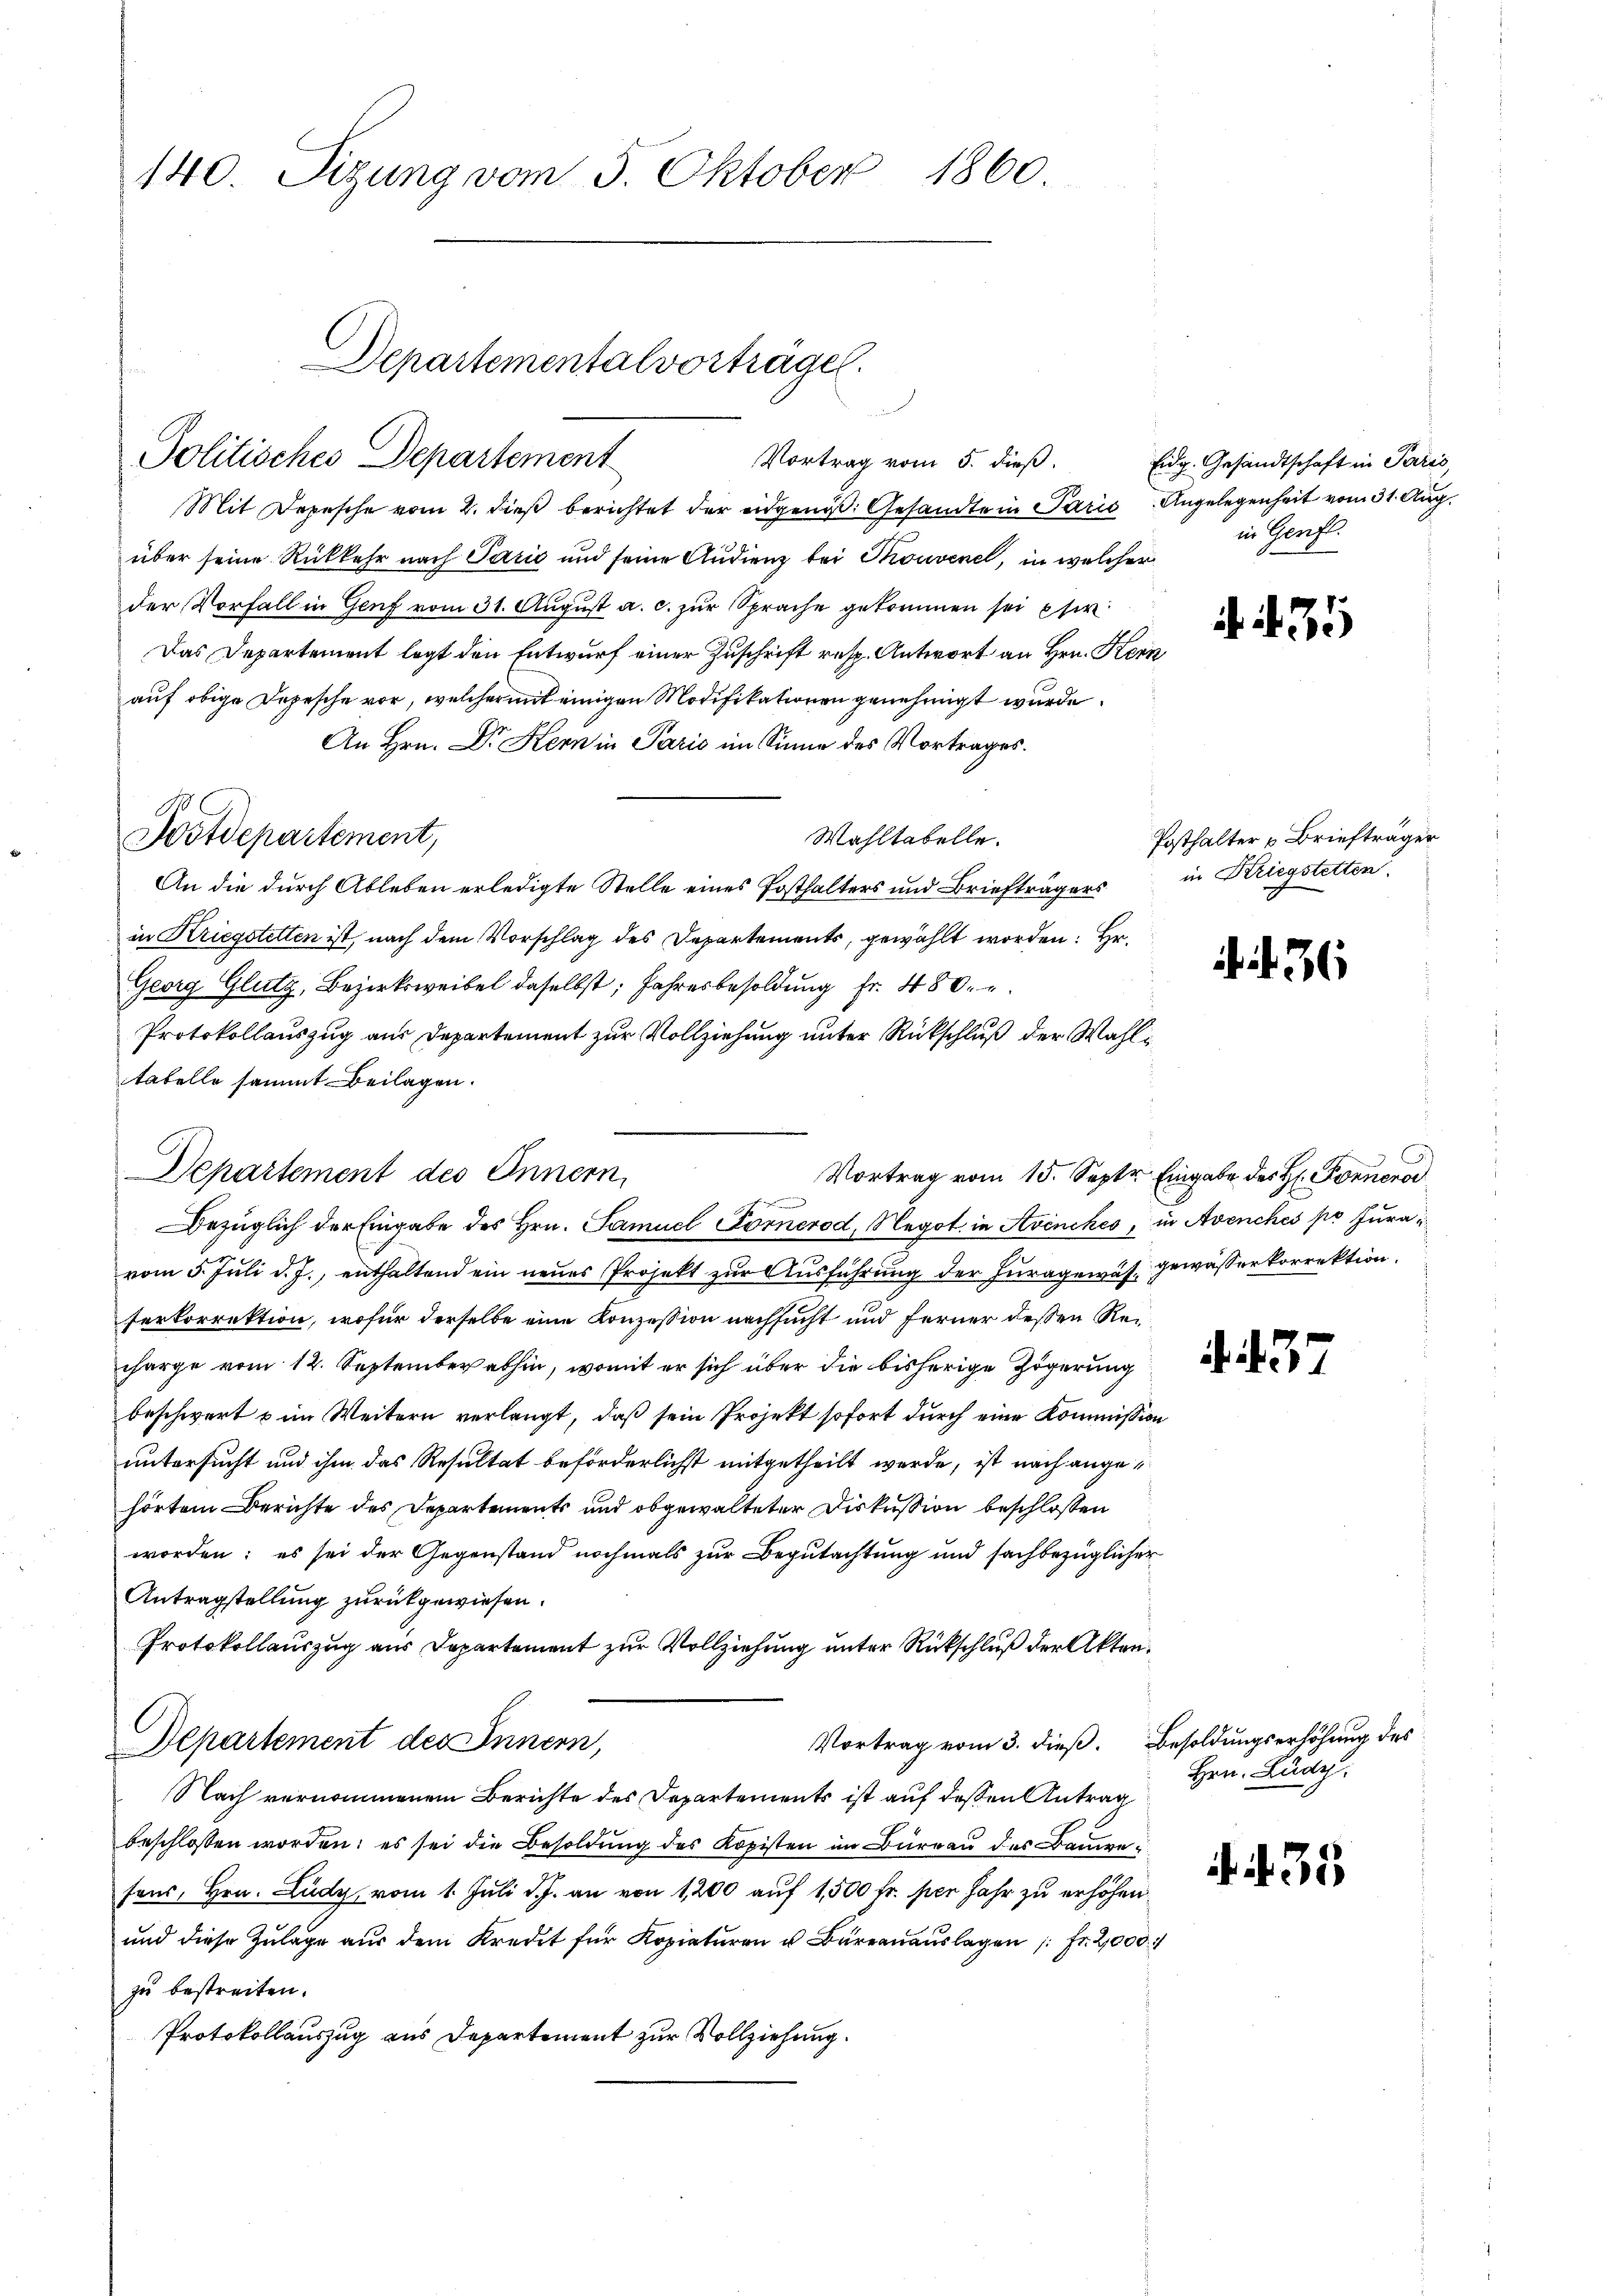
140. Sizung vom 5. Oktober 1860

Politisches Departement
Vortrag vom 5. dieß.
Mit Depesche vom 2. dieß berichtet der angenoß. Gesandte in Paris
über seine Rückkehr nach Parić und seine Audienz bei Thouvene, in welcher
der Vorfall in Genf vom 31. August a. c. zur Sprache gekommen sei pfi
Das Departement legt den Entwurf einer Zuschrift resp. Antwort an Hrn. Kerauf obige Depesche vor, welcher mit einigen Modifikationen genehmigt wurde.
An Hrn. Dr Kern in Paris im Sinne des Vortrages.
Postdepartement,
Wahltabelle.
An die durch Ableben erledigte Stelle eines Posthalters und Briefträgers
in Kriegstelten ist, nach dem Vorschlag des Departements, gewählt worden: Hr.
Georg Glutz, Bezirksweibel daselbst, Jahresbesoldung fr. 480.
Protokollauszug aus Departement zur Vollziehung unter Rückschluß der Wahltabelle sammt Beilagen.
Departement des Innern,
vom 5. Juli d. J., enthaltend ein neues Projekt zur Ausführung der Furagewässe gewässerkorrektion.
serkorrektion, wofür derselbe eine Konzession nachsucht und ferner dessen Recharge vom 12. September abhin, womit er sich über die bisherige Zögerung
beschwert & im Weitern verlangt, daß sein Projekt sofort durch eine Kommission
untersucht und ihm das Resultat beförderlichst mitgetheilt werde, ist nach angehörtem Berichte des Departements und obgewalteter Diskussion beschloßen
worden; es sei der Gegenstand nochmals zur Begutachtung und sachbezüglicher
Antragstellung zurückgewiesen.
Protokollauszug aus Departement zur Vollziehung unter Rückschluß der Akten.
Vortrag vom 3. dieß. Besoldungserhöhung des
Departement des Innern,
Nach vernommenem Berichte des Departements ist auf deßen Antrag
beschlossen worden; es sei die Besoldung des Kopisten im Büreau des Bauvesens, Hrn. Ludy, vom 1. Juli d. J. an von 1200 auf 1500 fr. per Jahr zu erhöhen.
und diese Zulage aus dem Kredit für Kopiaturen u. Büreauauslagen 1 Fr. 2,000
zu bestreiten.
Protokollauszug aus Departement zur Vollziehung.

Departementalvorträgel.

.

Bezüglich der Eingabe des Hrn. Samuel Fornerod, Negot in Avenches, in Avenches pr Jura¬

Eidg. Gesandtschaft in Paris,
Angelegenheit vom 31. Aug.
in Genf.

12

75

Posthalter u Briefträger
in Kriegstetten.

3

Vortrag vom 15. Septer Eingabe des H. Fornero

7

Hrn. Büdg

35